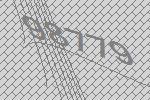
98779